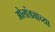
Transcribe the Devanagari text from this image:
ओलांड्याच्या